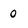
Character: 0